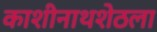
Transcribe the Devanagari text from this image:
काशीनाथशेठला